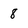
Character: 8